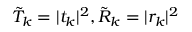
\tilde { T } _ { k } = | t _ { k } | ^ { 2 } , \tilde { R } _ { k } = | r _ { k } | ^ { 2 }